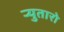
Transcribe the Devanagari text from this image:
र्‍युतारो